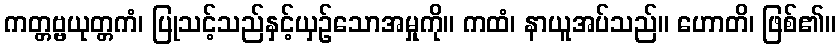
ကတ္တဗ္ဗယုတ္တကံ၊ ပြုသင့်သည်နှင့်ယှဉ်သောအမှုကို။ ကထံ၊ နာယူအပ်သည်။ ဟောတိ၊ ဖြစ်၏။